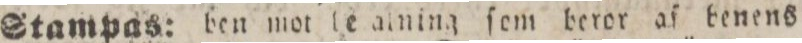
Stampas:    ben mot te aining ſom beror af benens